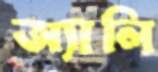
অ্যালি